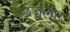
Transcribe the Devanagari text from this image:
छजलेट